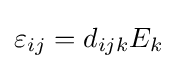
\varepsilon _{ij}=d_{ijk}E_{k}